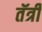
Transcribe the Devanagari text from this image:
तॅर्त्री